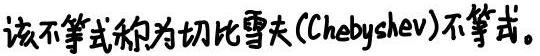
该不等式称为切比雪夫(Chebyshev)不等式。